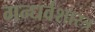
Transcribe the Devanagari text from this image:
गन्धर्वशास्त्र